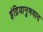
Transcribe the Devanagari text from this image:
इंद्रियानुभवाद